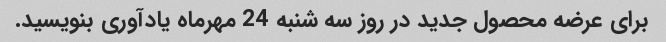
برای عرضه محصول جدید در روز سه شنبه 24 مهرماه یادآوری بنویسید.